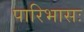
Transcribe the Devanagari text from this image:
पारिभासः